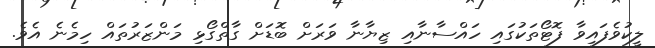
ލީކުވެފައިވާ ފޮޓޯތަކުގައި ހައްސާނާއި ޒިޔާނާ ވަރަށް ބޮޑަށް ގާތްގޯޅި މަންޒަރުތައް ހިމެނެ އެވެ.